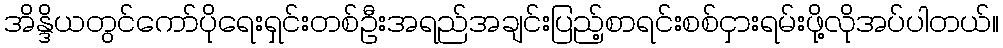
အိန္ဒိယတွင်ကော်ပိုရေးရှင်းတစ်ဦးအရည်အချင်းပြည့်စာရင်းစစ်ငှားရမ်းဖို့လိုအပ်ပါတယ်။